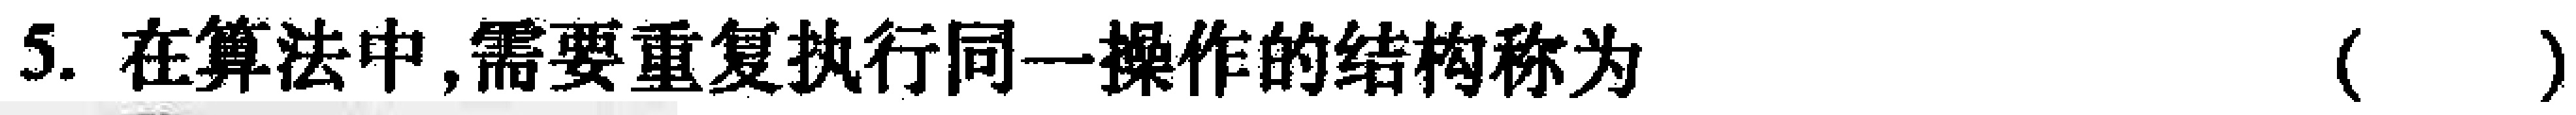
5. 在算法中,需要重复执行同一操作的结构称为（  ）